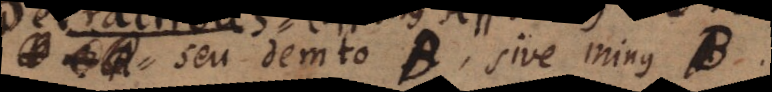
seu demto B, sive minus B.